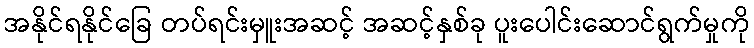
အနိုင်ရနိုင်ခြေ တပ်ရင်းမှူးအဆင့် အဆင့်နှစ်ခု ပူးပေါင်းဆောင်ရွက်မှုကို